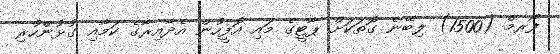
ފޯރމް (1500) ލިބޭނެ ގޮތަކަށް ޕާޓީގެ މައި އޮފީހުން އެދާއިރާގެ ކަމާއި ގުޅުންހުރި